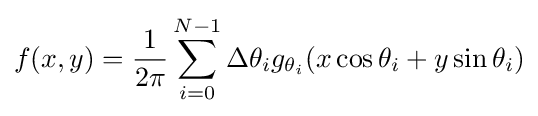
f(x,y)={\frac {1}{2\pi }}\sum _{i=0}^{N-1}\Delta \theta _{i}g_{\theta _{i}}(x\cos \theta _{i}+y\sin \theta _{i})